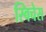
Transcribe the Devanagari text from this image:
स्विचेस